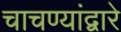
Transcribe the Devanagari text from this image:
चाचण्यांद्वारे